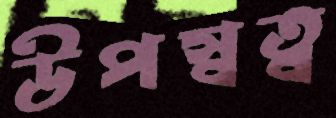
উপস্বত্ব